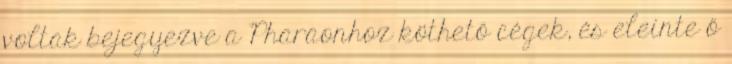
voltak bejegyezve a Pharaonhoz köthető cégek, és eleinte ő